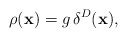
\begin{align*}\rho({\bf x})=g\,\delta^{D}({\bf x}), \end{align*}